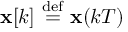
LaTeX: \mathbf { x } [ k ] \ { \stackrel { \mathrm { d e f } } { = } } \ \mathbf { x } ( k T )